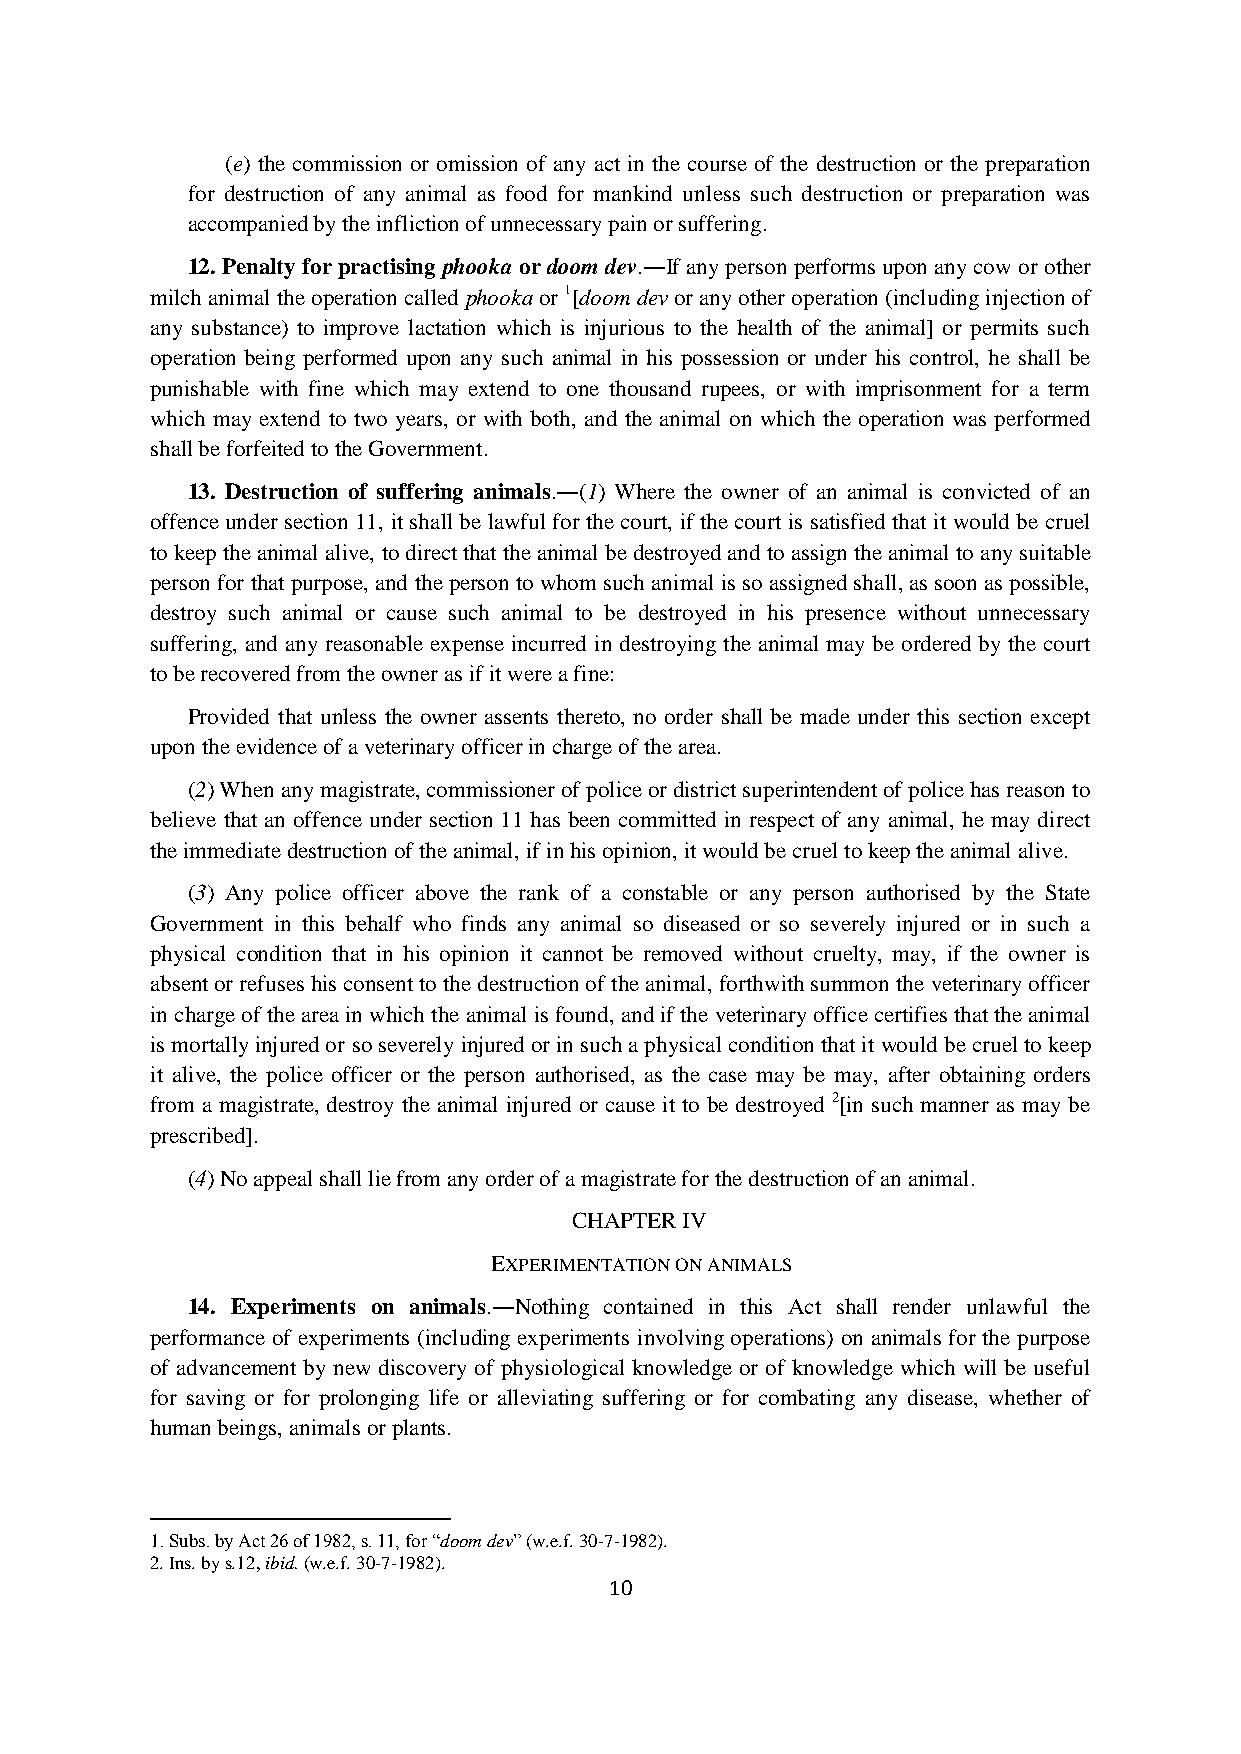
(e) the commission or omission of any act in the course of the destruction or the preparation
 for destruction of any animal as food for mankind unless such destruction or preparation was
 accompanied by the infliction of unnecessary pain or suffering.
 12. Penalty for practising phooka or doom dev.―If any person performs upon any cow or other
 milch animal the operation called phooka or 1[doom dev or any other operation (including injection of
 any substance) to improve lactation which is injurious to the health of the animal] or permits such
 operation being performed upon any such animal in his possession or under his control, he shall be
 punishable with fine which may extend to one thousand rupees, or with imprisonment for a term
 which may extend to two years, or with both, and the animal on which the operation was performed
 shall be forfeited to the Government.
 13. Destruction of suffering animals.―(1) Where the owner of an animal is convicted of an
 offence under section 11, it shall be lawful for the court, if the court is satisfied that it would be cruel
 to keep the animal alive, to direct that the animal be destroyed and to assign the animal to any suitable
 person for that purpose, and the person to whom such animal is so assigned shall, as soon as possible,
 destroy such animal or cause such animal to be destroyed in his presence without unnecessary
 suffering, and any reasonable expense incurred in destroying the animal may be ordered by the court
 to be recovered from the owner as if it were a fine:
 Provided that unless the owner assents thereto, no order shall be made under this section except
 upon the evidence of a veterinary officer in charge of the area.
 (2) When any magistrate, commissioner of police or district superintendent of police has reason to
 believe that an offence under section 11 has been committed in respect of any animal, he may direct
 the immediate destruction of the animal, if in his opinion, it would be cruel to keep the animal alive.
 (3) Any police officer above the rank of a constable or any person authorised by the State
 Government in this behalf who finds any animal so diseased or so severely injured or in such a
 physical condition that in his opinion it cannot be removed without cruelty, may, if the owner is
 absent or refuses his consent to the destruction of the animal, forthwith summon the veterinary officer
 in charge of the area in which the animal is found, and if the veterinary office certifies that the animal
 is mortally injured or so severely injured or in such a physical condition that it would be cruel to keep
 it alive, the police officer or the person authorised, as the case may be may, after obtaining orders
 from a magistrate, destroy the animal injured or cause it to be destroyed 2[in such manner as may be
 prescribed].
 (4) No appeal shall lie from any order of a magistrate for the destruction of an animal.
 CHAPTER IV
 EXPERIMENTATION ON ANIMALS
 14. Experiments on animals.―Nothing contained in this Act shall render unlawful the
 performance of experiments (including experiments involving operations) on animals for the purpose
 of advancement by new discovery of physiological knowledge or of knowledge which will be useful
 for saving or for prolonging life or alleviating suffering or for combating any disease, whether of
 human beings, animals or plants.
 1. Subs. by Act 26 of 1982, s. 11, for “doom dev” (w.e.f. 30-7-1982).
 2. Ins. by s.12, ibid. (w.e.f. 30-7-1982).
 10